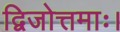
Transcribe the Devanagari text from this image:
द्विजोत्तमाः।